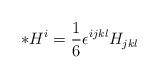
LaTeX: \begin{align*}{\ast }H^i=\frac{1}{6}\epsilon^{ijkl}H_{jkl}\end{align*}